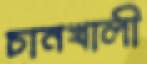
চানখালী